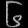
Digit: ၆